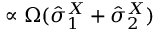
\propto \Omega ( \hat { \sigma } _ { 1 } ^ { X } + \hat { \sigma } _ { 2 } ^ { X } )